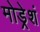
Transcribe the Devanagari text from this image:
मोड्रेशं